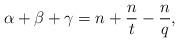
LaTeX: \begin{align*}\alpha+\beta+\gamma=n+\frac{n}{t}-\frac{n}{q},\end{align*}